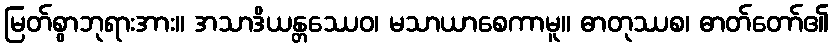
မြတ်စွာဘုရားအား။ အသာဒိယန္တဿေဝ၊ မသာယာစေကာမူ။ ဓာတုဿစ၊ ဓာတ်တော်၏